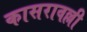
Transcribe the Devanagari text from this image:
कासरावल्ली